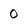
Character: 0